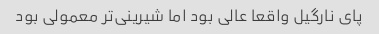
پای نارگیل واقعا عالی بود اما شیرینی‌تر معمولی بود